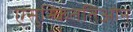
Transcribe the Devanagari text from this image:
एसुस्किततिओन